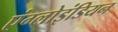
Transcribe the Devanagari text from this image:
एंग्लोइंडियन